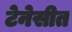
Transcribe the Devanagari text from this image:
टेनेसीत